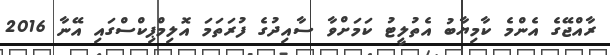
ރާއްޖޭގެ އެންމެ ކާމިޔާބު އެތުލީޓު ކަމަށްވާ ސާއިދުގެ ފުރަތަމަ އޮލިމްޕިކްސްގައި އޭނާ 2016